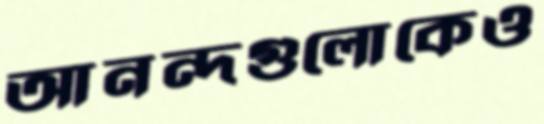
আনন্দগুলোকেও